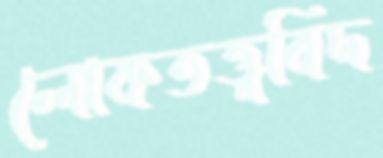
লোকতত্ত্ববিদ